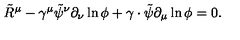
\tilde { R } ^ { \mu } - \gamma ^ { \mu } \tilde { \psi } ^ { \nu } \partial _ { \nu } \ln \phi + \gamma \cdot \tilde { \psi } \partial _ { \mu } \ln \phi = 0 .